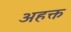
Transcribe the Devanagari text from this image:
अहक्त